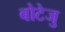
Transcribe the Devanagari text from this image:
बोटेजु